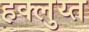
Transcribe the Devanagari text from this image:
हक्लुय्त